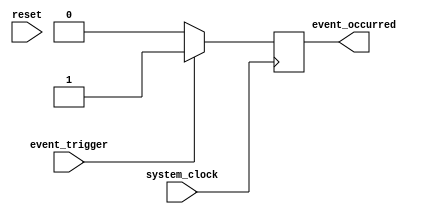
module Timing_Control_Synchronization_Block (
input wire system_clock,
input wire reset,
input wire event_trigger,
output wire event_occurred
);

reg [31:0] timer_count;

always @ (posedge system_clock) begin
    if (reset) begin
        timer_count <= 32'h0;
    end else begin
        timer_count <= timer_count + 1;
    end
end

always @ (posedge system_clock) begin
    if (event_trigger) begin
        event_occurred <= 1'b1;
    end else begin
        event_occurred <= 1'b0;
    end
end

endmodule